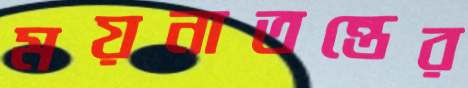
ময়নাতন্তের